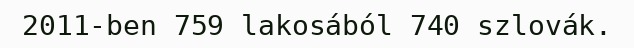
2011-ben 759 lakosából 740 szlovák.